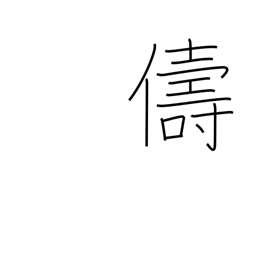
Meaning: similar kind